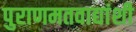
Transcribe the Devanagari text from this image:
पुराणमतवाद्यांशी